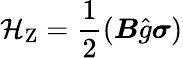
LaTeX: \mathcal{H}_{\mathrm{{{Z}}}}={\frac{{1}}{{2}}}({\boldsymbol{B}}{\hat{{g}}}{\boldsymbol{\sigma}})